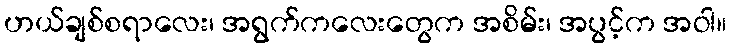
ဟယ်ချစ်စရာလေး၊ အရွက်ကလေးတွေက အစိမ်း၊ အပွင့်က အဝါ။